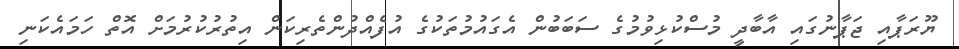
ޔޫރަޕާއި ޖަޕާނުގައި އާބާދީ މުސްކުޅިވުމުގެ ސަބަބުން އެގައުމުތަކުގެ އުފެއްދުންތެރިކަން އިތުރުކުރުމަށް އޮތް ހަމައެކަނި